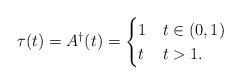
LaTeX: \begin{align*}\tau(t) = A^{\dagger}(t) = \begin{cases}1 & t \in (0,1) \\t & t>1. \\\end{cases}\end{align*}